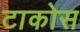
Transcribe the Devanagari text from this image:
टाकोस